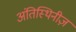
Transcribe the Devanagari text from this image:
अंतिस्थिनीज़